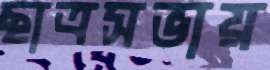
ছাত্রসভায়